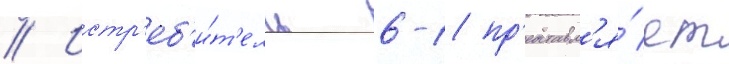
// Истр'еб'и́т'ель 6-1 пр'едставл'я́ет